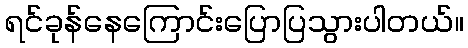
ရင်ခုန်နေကြောင်းပြောပြသွားပါတယ်။